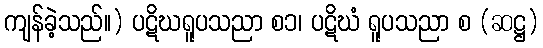
ကျန်ခဲ့သည်။) ပဋိဃရူပသညာ စ၁၊ ပဋိဃံ ရူပသညာ စ (ဆဋ္ဌ)